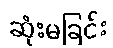
ဆုံးမခြင်း